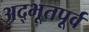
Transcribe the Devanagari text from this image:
अद्भूतपूर्व